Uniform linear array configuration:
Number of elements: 8
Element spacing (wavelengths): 0.75
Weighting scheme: cosine
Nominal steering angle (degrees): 15
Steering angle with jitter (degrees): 14.001
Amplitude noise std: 0.05
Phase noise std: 0.05

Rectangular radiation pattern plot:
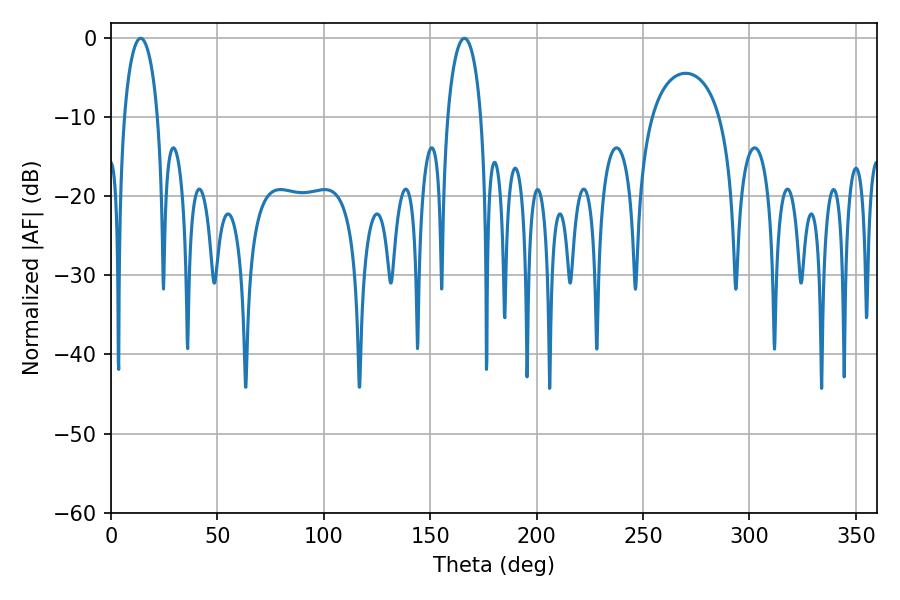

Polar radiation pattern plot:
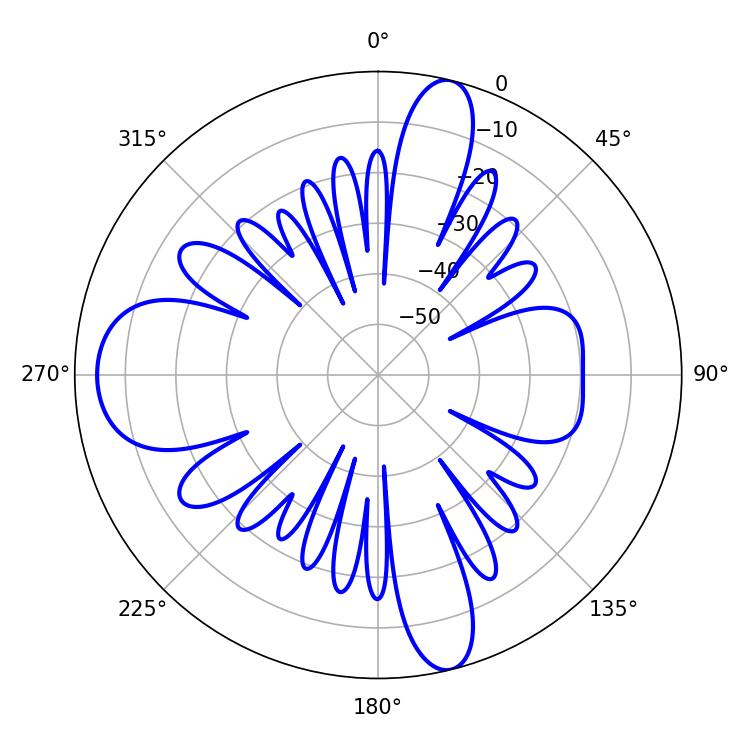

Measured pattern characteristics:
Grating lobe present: TRUE
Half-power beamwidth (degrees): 9
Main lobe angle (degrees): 13.86